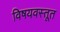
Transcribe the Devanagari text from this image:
विषयवस्तूत